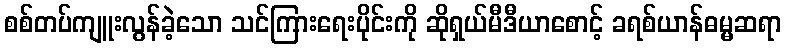
စစ်တပ်ကျူးလွန်ခဲ့သော သင်ကြားရေးပိုင်းကို ဆိုရှယ်မီဒီယာစောင့် ခရစ်ယာန်ဓမ္မဆရာ